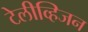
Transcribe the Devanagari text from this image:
टेलीव्हिजन